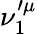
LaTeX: \nu_{1}^{\prime\mu}